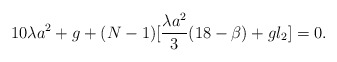
\begin{align*}10\lambda a^2 +g + (N-1) [\frac{\lambda a^2}3(18-\beta)+ g l_2]= 0.\end{align*}